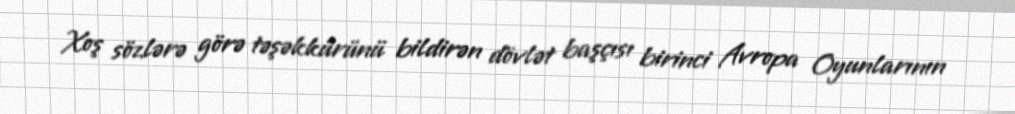
Xoş sözlərə görə təşəkkürünü bildirən dövlət başçısı birinci Avropa Oyunlarının